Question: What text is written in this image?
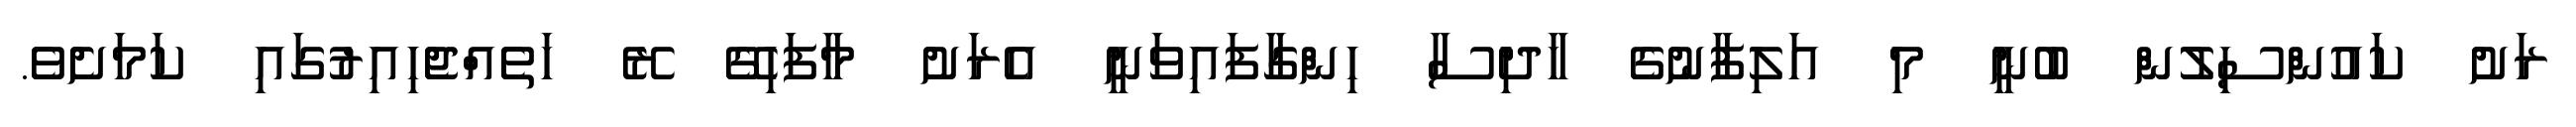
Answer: ރަށު ކައުންސިލުން ބުނީ މި އަލިފާނުގެ ހާދިސާ ހިންގާފައިވަނީ އެރަށު މާފަހިގޭ ރޭ ހަތެއްޖެހިއިރުގައި ކަމަށެވެ.